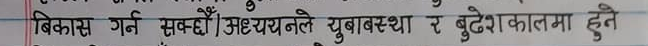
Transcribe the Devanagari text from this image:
बिकास गर्न सक्छौँ। अध्ययनले युवावस्था र बुढेसकालमा हुने